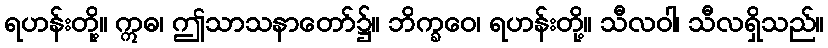
ရဟန်းတို့။ ဣဓ၊ ဤသာသနာတော်၌။ ဘိက္ခဝေ၊ ရဟန်းတို့။ သီလဝါ၊ သီလရှိသည်။